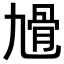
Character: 𩨔